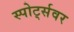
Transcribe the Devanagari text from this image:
स्पोर्ट्सवर